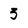
Character: 3